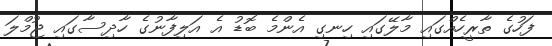
ފަހުގެ ތާރީހެއްގައި މާލޭގައި ހިނގި އެންމެ ބޮޑު އެ އަލިފާނުގެ ހާދިސާގައި ޖުމްލަ